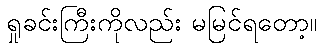
ရှုခင်းကြီးကိုလည်း မမြင်ရတော့။